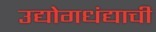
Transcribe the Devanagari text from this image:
उद्योगधंद्याची